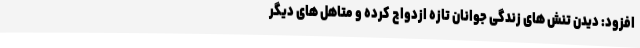
افزود: دیدن تنش های زندگی جوانان تازه ازدواج کرده و متاهل های دیگر